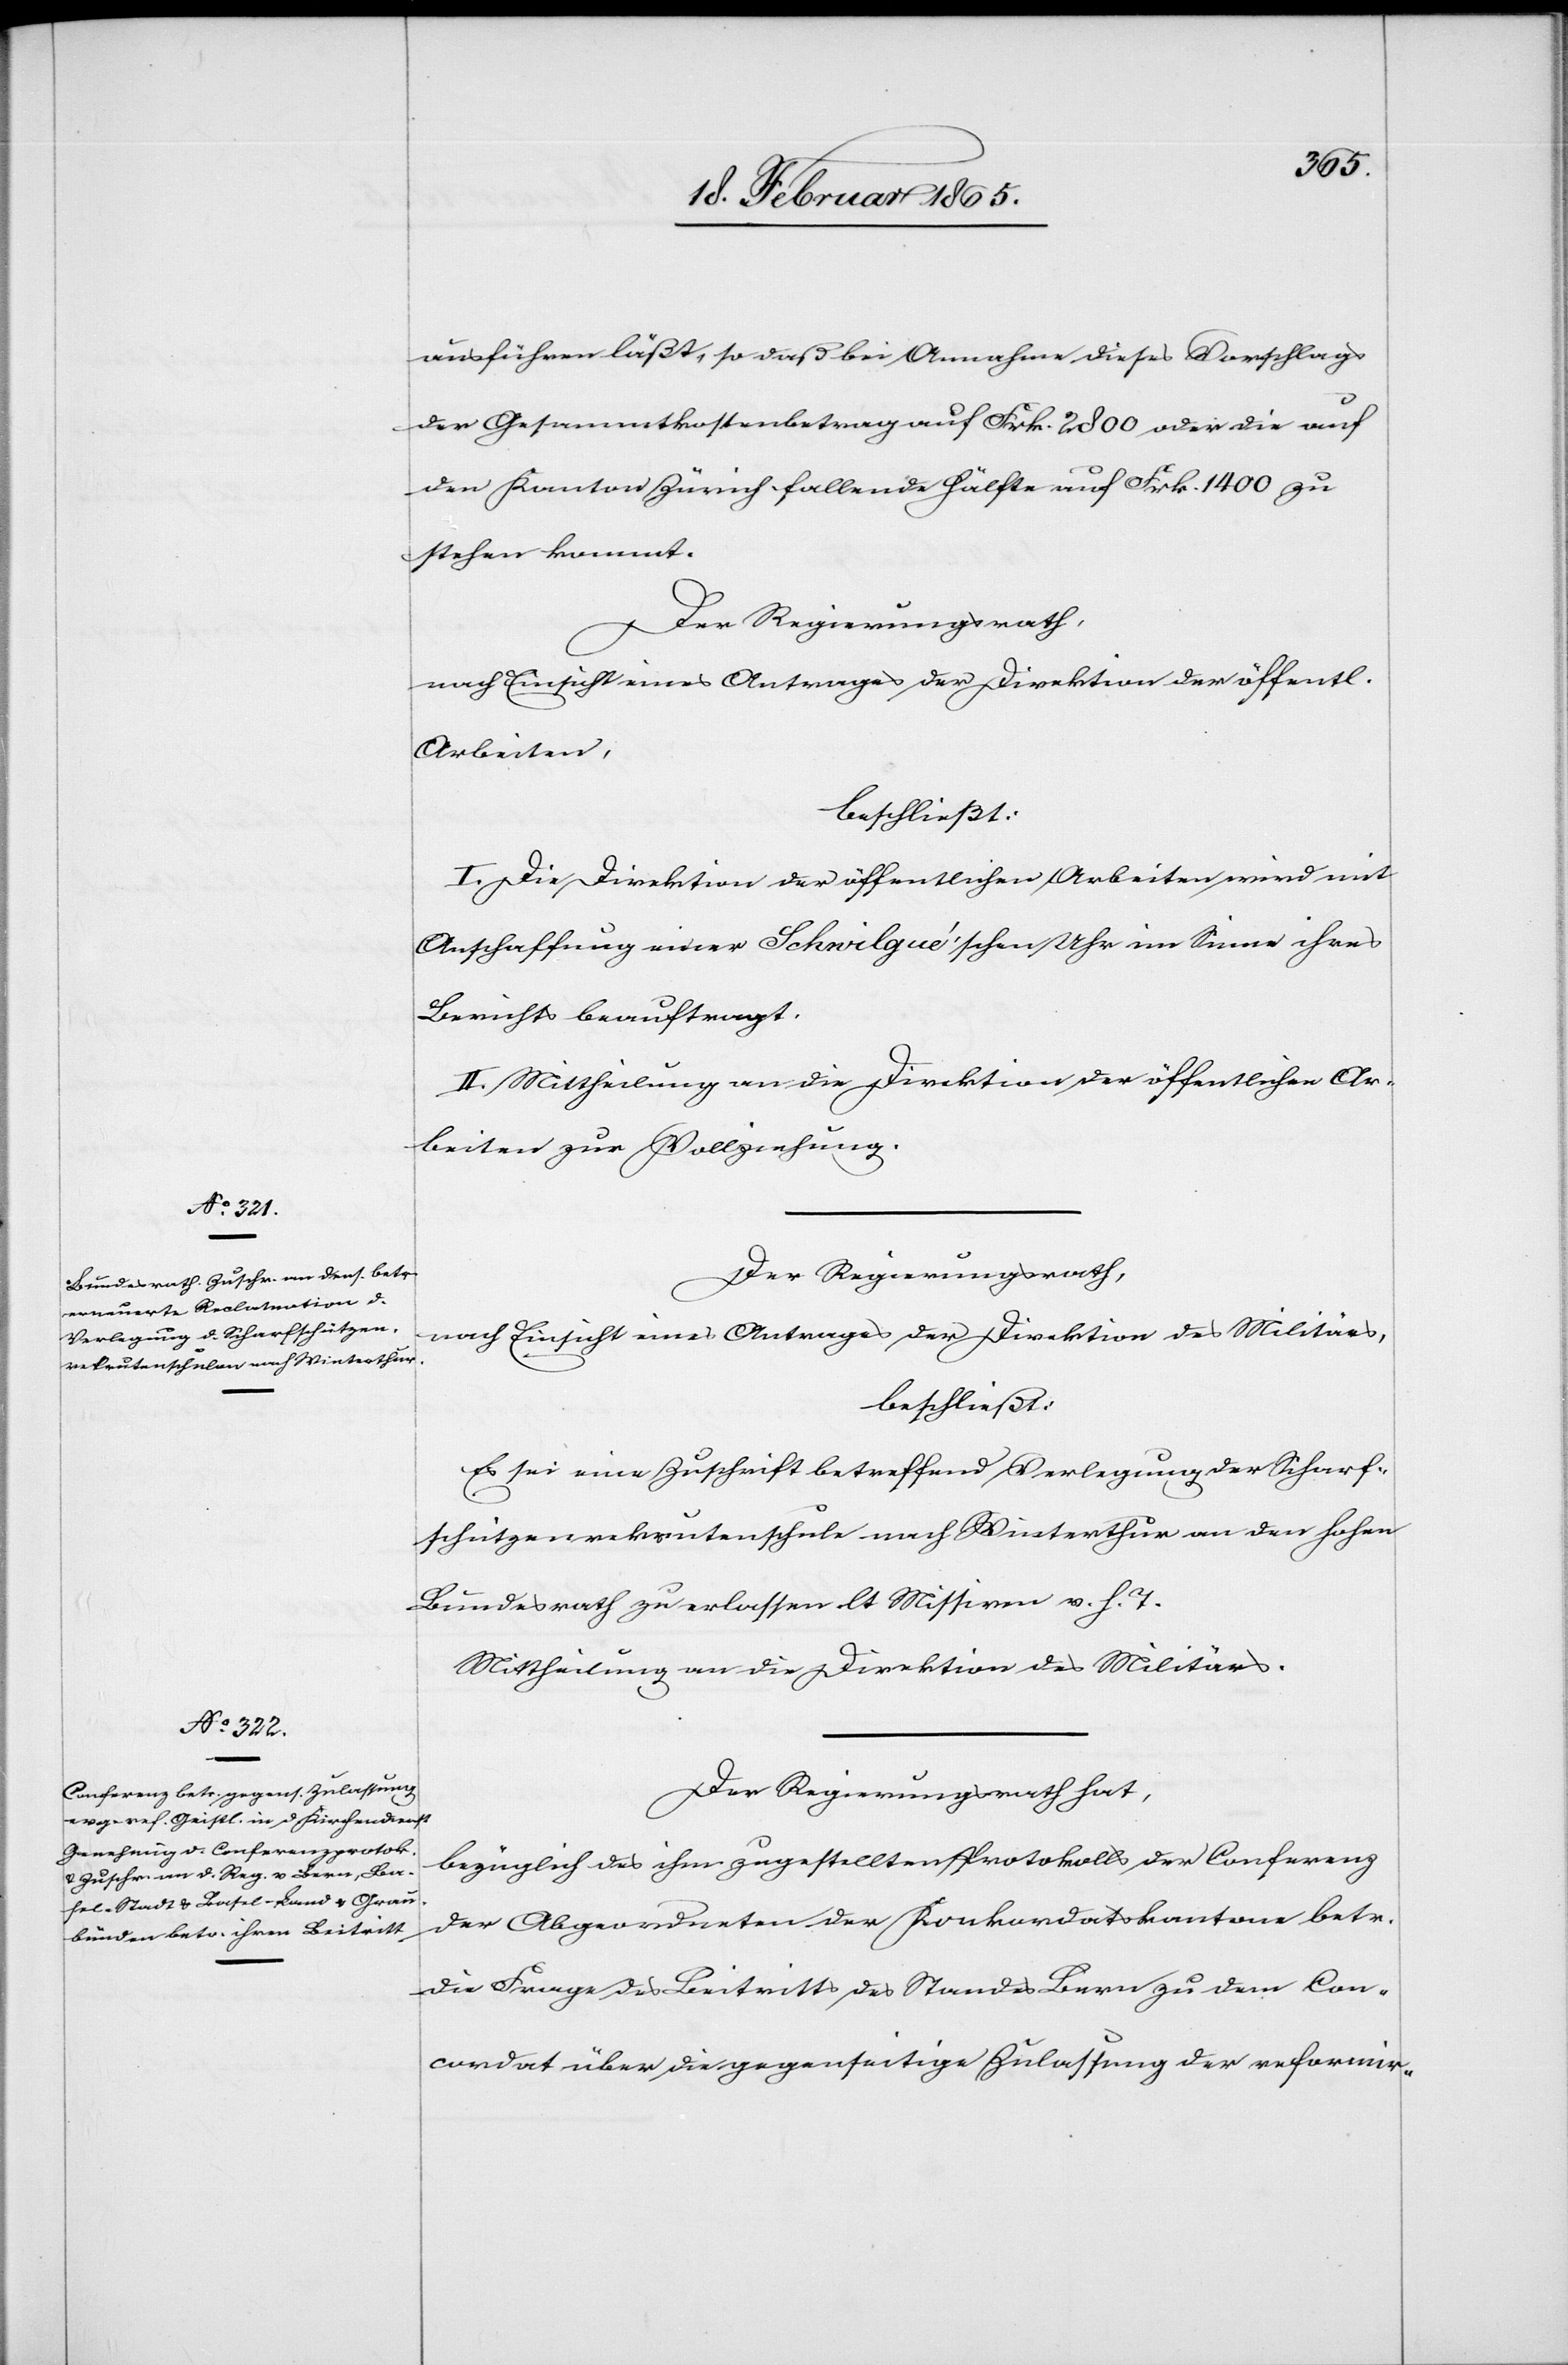
ausführen läßt, so daß bei Annahme dieses Vorschlages
der Gesammtkostenbetrag auf Frk. 2800 oder die auf
den Kanton Zürich fallende Hälfte auf Frk. 1400 zu
stehen kommt.
Der Regierungsrath,
nach Einsicht eines Antrages der Direktion der öffentl.
Arbeiten,
beschließt:
I. Die Direktion der öffentlichen Arbeiten wird mit
Anschaffung einer Schwilgué’schen Uhr im Sinne ihres
Berichts beauftragt.
II. Mittheilung an die Direktion der öffentlichen Ar¬
beiten zur Vollziehung.
Der Regierungsrath,
nach Einsicht eines Antrages der Direktion des Militärs,
beschließt:
Es sei eine Zuschrift betreffend Verlegung der Scharf¬
schützenrekrutenschule nach Winterthur an den hohen
Bundesrath zu erlassen lt Missiven v. h. T.
Mittheilung an die Direktion des Militärs.
Der Regierungsrath hat,
bezüglich des ihm zugestellten Protokolls der Conferenz
der Abgeordneten der Konkordatskantone betr.
die Frage des Beitritts des Standes Bern zu dem Con¬
cordat über die gegenseitige Zulassung der reformir-